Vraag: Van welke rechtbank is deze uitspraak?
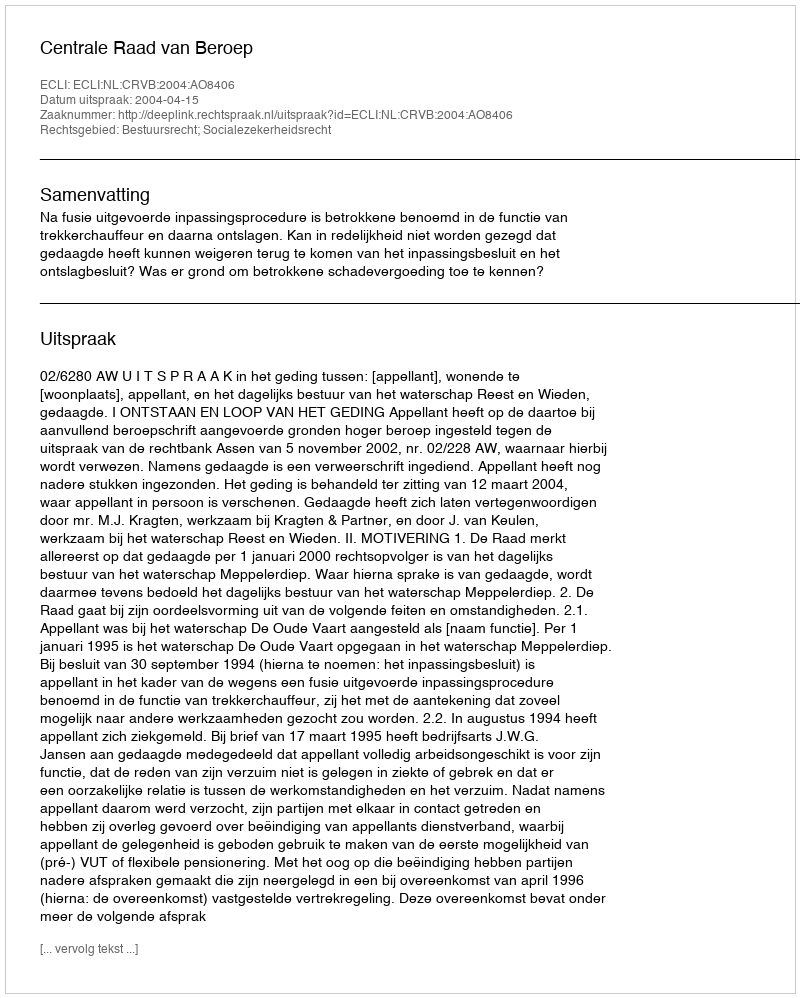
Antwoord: Centrale Raad van Beroep